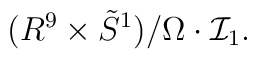
(R^9 \times \tilde{S}^1)/\Omega \cdot {\mathcal I}_1.